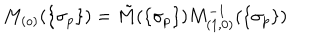
M _ { ( o ) } ( \{ \sigma _ { p } \} ) = \tilde { M } ( \{ \sigma _ { p } \} ) M _ { ( 1 , 0 ) } ^ { - 1 } ( \{ \sigma _ { p } \} )